Vaccination in Bombay 1924-1928 - 1924-1928
Year: 1924
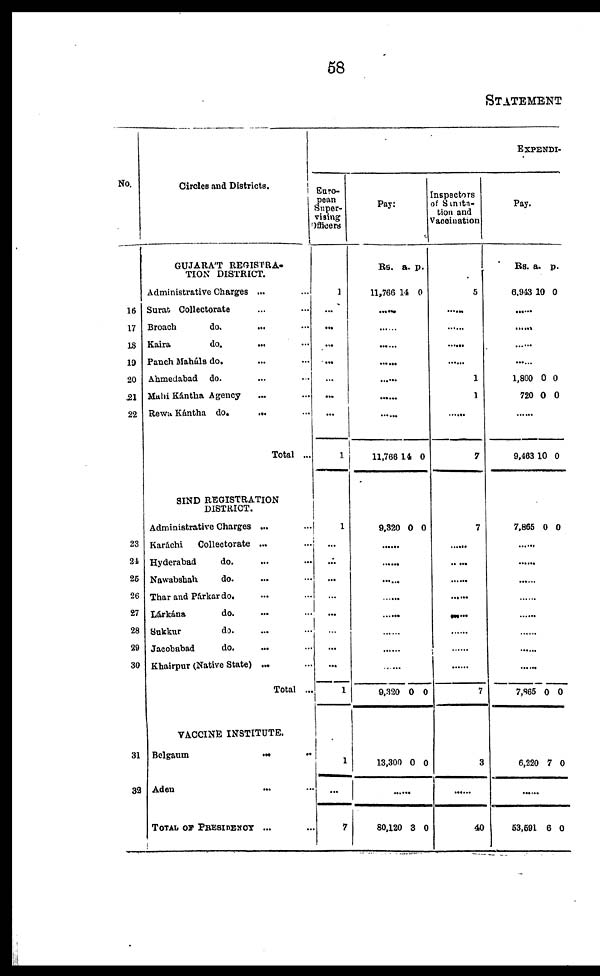
58
STATEMENT
No.
16
17
18
19
20
21
22
23
24
25
26
27
28
29
30
31
32
Circles and Districts.
GUJARÁT REGISTRA-
TION DISTRICT.
Administrative Charges ... ...
Surat Collectorate ... ...
Broach
do.
... ...
Kaira
do. ... ...
Panch Maháls do. ... ...
Ahmedabad do. ... ...
Mahi Kántha Agency ... ...
Rewa Kántha do.
... ...
Total ...
SIND REGISTRATION
DISTRICT.
Administrative Charges ... ...
Karáchi
Collectorate ... ...
Hyderabad
do. ... ...
Nawabshah
do. ... ...
Thar and Párkar do. ... ...
Lárkána
do. ... ...
Sukkur
do. ... ...
Jacobabad
do. ... ...
Khairpur (Native State) ... ...
Total ...
VACCINE INSTITUTE.
Belgaum
...
...
Aden ... ...
TOTAL OF PRESIDENCY
... ...
EXPENDI-
Euro-
pean
Super-
vising
Officers
1
...
...
...
...
...
...
...
1
1
...
...
...
...
...
...
...
...
1
1
...
7
Pay.
Rs.
11,766
a.
14
p.
0
......
......
......
......
......
......
......
11,766
9,320
14
0
0
0
......
......
......
......
......
......
......
......
9,320 0 0
13,300 0 0
......
80,120 3 0
Inspectors
of Sanita-
tion and
Vaccination
5
......
......
......
......
1
1
......
7
7
......
......
......
......
......
......
......
......
7
3
......
40
Pay.
Rs.
6,943
a.
10
p.
0
......
......
......
......
1,800
720
0
0
0
0
......
9,463
7,865
10
0
0
0
......
......
......
......
......
......
......
......
7,865 0 0
6,220 7 0
53,591 6 0